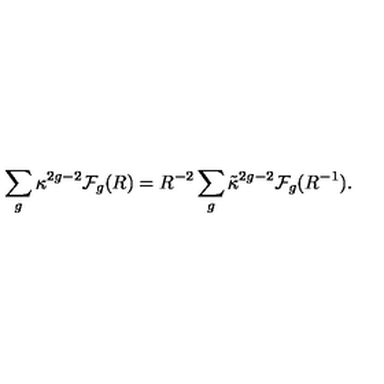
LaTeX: \sum _ { g } \kappa ^ { 2 g - 2 } { \cal F } _ { g } ( R ) = R ^ { - 2 } \sum _ { g } \tilde { \kappa } ^ { 2 g - 2 } { \cal F } _ { g } ( R ^ { - 1 } ) .